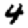
Digit: 4